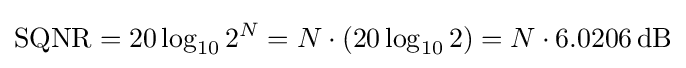
{\rm {SQNR}}=20\log _{10}{2^{N}}=N\cdot (20\log _{10}2)=N\cdot 6.0206\,{\rm {dB}}